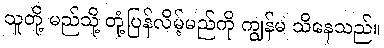
သူတို့ မည်သို့ တုံ့ပြန်လိမ့်မည်ကို ကျွန်မ သိနေသည်။